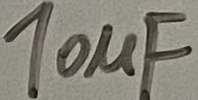
Text: 10µF